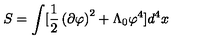
S = \int [ \frac { 1 } { 2 } \left( \partial \varphi \right) ^ { 2 } + \Lambda _ { 0 } \varphi ^ { 4 } ] d ^ { 4 } x